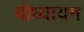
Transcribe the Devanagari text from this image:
बोध्यायन